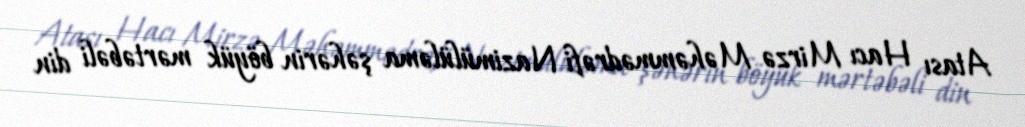
Atası Hacı Mirzə Məhəmmədrəfi Nazimülüləma şəhərin böyük mərtəbəli din